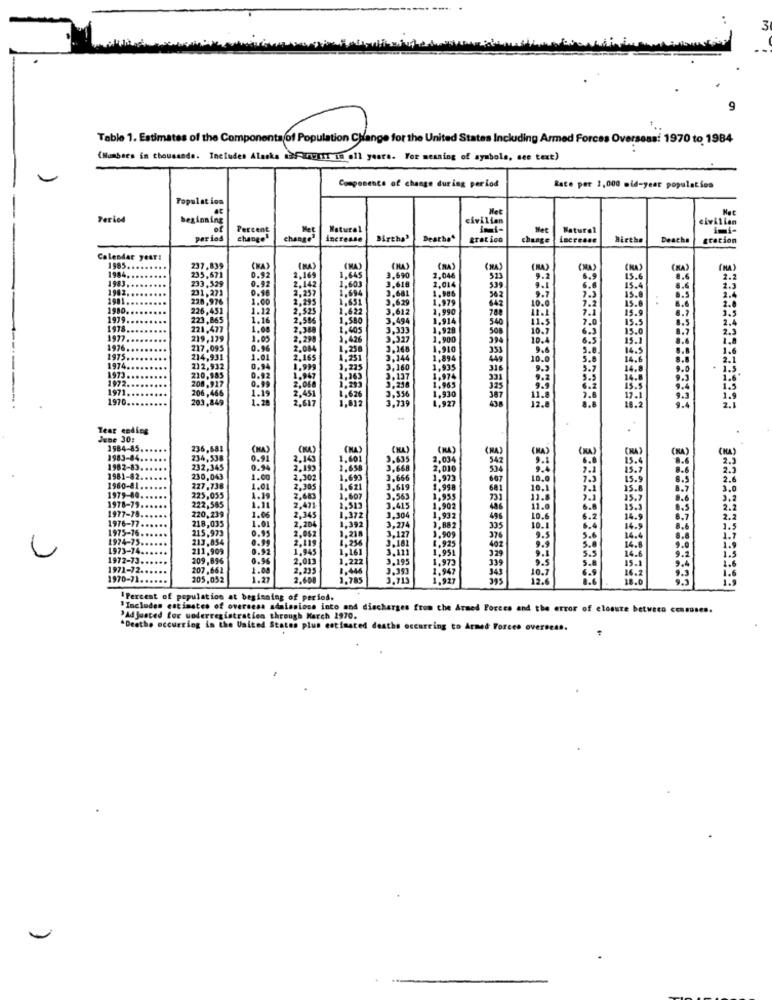
M
9
Table 1. Estimates of the Components of Population Change for the United States Including Armed Forces Overseas: 1970 to 1984
(Numbers in thousands. Includes Alaska aaf anurIT in oll years. For meaning of symbols, see text)
Componente of change during period
Rate per 3,000 mid-year population
Population
Period
beginning
civilian
civilian
Percent
Met
Natural
Met
Naturel
period
change"
change"
increase
Birtha'
Deathe"
gration
change
LEcreans
Birthe
Deachs
gration
Calendar year:
1985.
1984.
237,839
235,671
(MA)
(MA)
1.043
(KA)
(RA)
(MA)
CMA
(NA)
CRA
1983
233.529
0.92
0.91
3.690
S23
2.2
2.3
1962.
231,273
0.18
2.142
2,257
1.694
1.60
3.616
3.681
2.014
539
6.1
7.3
15.4
15.
2.4
228,976
1.00
1.651
3,6,29
1.979
1.986
642
10.
1980
226,451
1.12
2,525
1.622
3,612
1,990
788
1979
223,865
1.16
2,586
1.580
3.494
1,914
340
11.1
11.5
1978
221,477
1.08
1.605
1.920
10.7
1977
219.129
1.05
2.290
1,900
19.4
1976
217,095
0.96
2.004
2.368
1,910
1975
214,931
1.01
1,894
10.0
1974.
1973
212,932
0.94
1.225
1,935
316
1972
210,985
0.92
1971.
200,917
1970
206,466
203,849
2,617
Tear coding
June 30:
1984-85.
236,681
(HA)
(NA)
.(NA)
(MA)
(NA)
(HA)
1983-84
234,538
0.91
2,143
1.601
2.034
1982-83
232,345
0.94
2,195
2,010
334
1981-82.
230,043
1.00
2,302
1.693
3.666
1,993
667
10.0
1960-81
227,738
1.01
2,305
1.621
3.619
1,998
10.1
1979-80 ...
225,055
1.19
2,683
1.607
3.563
1,955
13.8
1978-79 ......
222,585
2,471
1,513
3.415
1,903
11.0
1977-78 .....
1976-77.
220,239
1.06
1.01
2,345
1,372
3.304
1,932
10.6
1975-76.
218,035
0.95
2,204
1.992
3,274
10.1
1974-75.
215,923
213,854
0.99
2,062
3.127
1.909
376
9.5
1973-74.
211,909
0.92
2.015
1.925
1,951
1972-73.
209,896
2,615
3,195
1,973
325
339
1971-72.
207.662
2,235
3.393
1,949
10.7
1970-71.
205,052
.Percent of population at beginning of period.
Includes estimates of oversesa adaissions into and discharges from the Armed Forces and the error of closure between censuses.
"Adjusted for woderregistration through March 1970.
"Deathe occurring in the United States plus estimated deaths occurring to Armed Forces overseas.